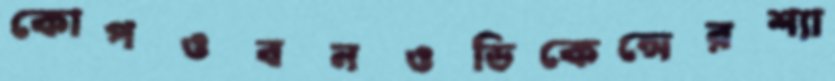
কোপওবনওডিকেন্সেরশ্যা